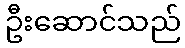
ဦးဆောင်သည်